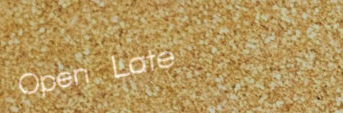
Open Late